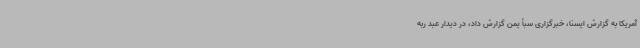
آمریکا به گزارش ایسنا، خبرگزاری سبأ یمن گزارش داد، در دیدار عبد ربه